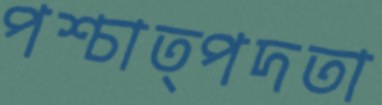
পশ্চাত্পদতা